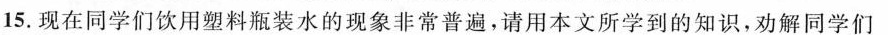
15,现在同学们饮用塑料瓶装水的现象非常普遍，请用本文所学到的知识，劝解同学们